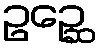
ဥဉ္ဆေ